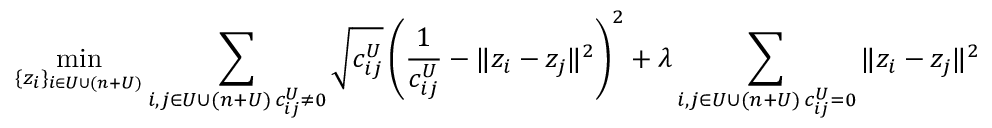
\operatorname* { m i n } _ { \{ z _ { i } \} _ { i \in U \cup ( n + U ) } } \sum _ { \substack { i , j \in U \cup ( n + U ) \, c _ { i j } ^ { U } \neq 0 } } \sqrt { c _ { i j } ^ { U } } \left( \frac { 1 } { c _ { i j } ^ { U } } - \| z _ { i } - z _ { j } \| ^ { 2 } \right) ^ { 2 } + \lambda \sum _ { \substack { i , j \in U \cup ( n + U ) \, c _ { i j } ^ { U } = 0 } } \| z _ { i } - z _ { j } \| ^ { 2 }